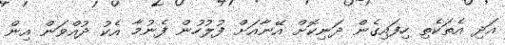
އަދި އެތަކެތި ހިފައިގެން ދަނިކޮށް އޭނާއަށް ފުލުހުން ފެނުމާ އެކު ދުއްވަން އިން